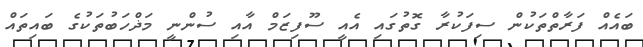
ބައެއް ފަރާތްތަކުން ސިފަކުރާ ގޮތުގައި އެއީ ސޫފިޒަމް އާއި ސުންނީ މަޛްހަބުތަކުގެ ބައިތައް